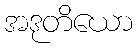
အဒုတိယော